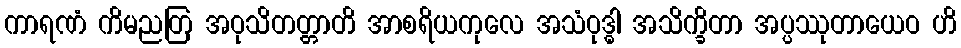
ကာရဏံ ကိမညတြ အဝုသိတတ္တာတိ အာစရိယကုလေ အသံဝုဒ္ဓါ အသိက္ခိတာ အပ္ပဿုတာယေဝ ဟိ